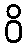
ဝိ